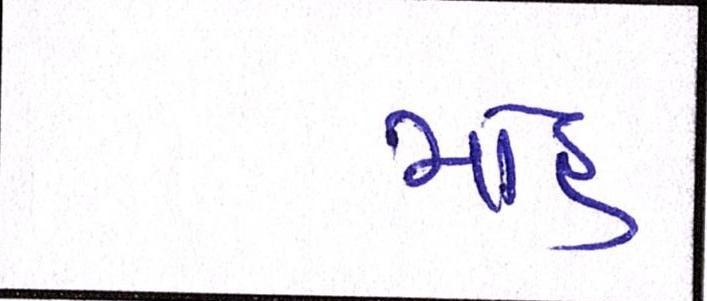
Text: મોહ